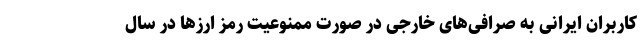
کاربران ایرانی به صرافی‌های خارجی در صورت ممنوعیت رمز ارزها در سال